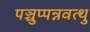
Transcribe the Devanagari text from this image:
पञ्चुप्पन्नवत्थु